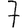
Digit: 7